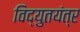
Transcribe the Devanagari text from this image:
विद्युतयंत्र